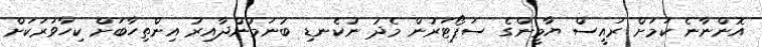
އޮންނާނެ ކަމަށް ރައީސް ޔާމީންގެ ސަޕޯޓަރުން މެދު ނުކެނޑި ބުނަމުންދާއިރު އިންތިހާބަށް ކިހާވަރަކަށް